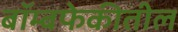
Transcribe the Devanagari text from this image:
बॉम्बफेकीतील